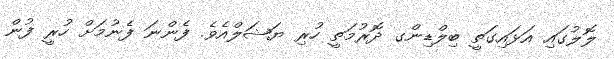
ލޮލުގައި އަޅައިގަތީ ބިލްޑިންގ ދޮރުމަތީ ހުރި ޔަޝަލްއެވެ. ފެންނަ ފެނުމަށް ހުރީ ފުން